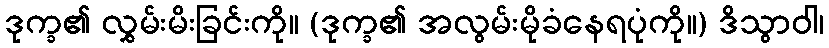
ဒုက္ခ၏ လွှမ်းမိးခြင်းကို။ (ဒုက္ခ၏ အလွမ်းမိုခံနေရပုံကို။) ဒိသွာဝါ၊